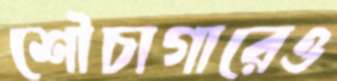
শৌচাগারেও